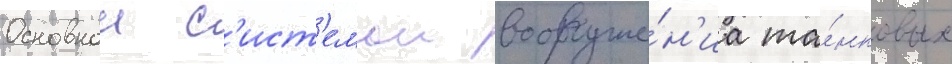
Основнои с'ист'емои вооруже́н'иа та́нковых